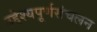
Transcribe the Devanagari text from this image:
उद्देश्यपूर्णसंचलन